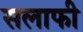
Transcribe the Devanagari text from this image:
सलाफी